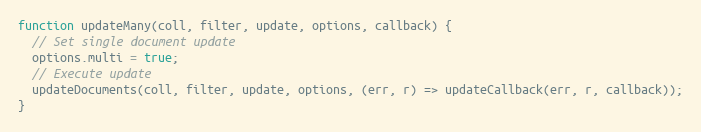
Language: JavaScript
function updateMany(coll, filter, update, options, callback) {
  // Set single document update
  options.multi = true;
  // Execute update
  updateDocuments(coll, filter, update, options, (err, r) => updateCallback(err, r, callback));
}